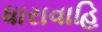
ધારાવાહિ